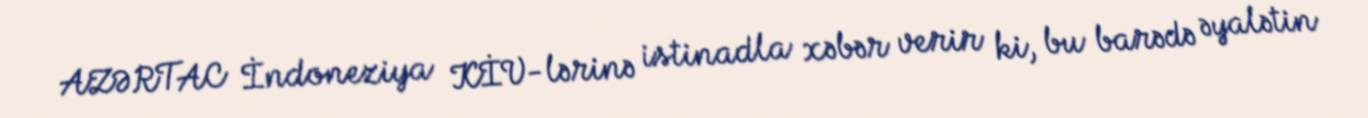
AZƏRTAC İndoneziya KİV-lərinə istinadla xəbər verir ki, bu barədə əyalətin